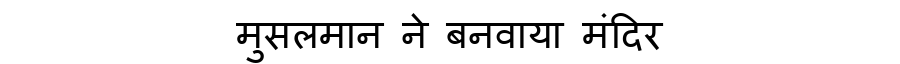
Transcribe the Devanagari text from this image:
मुसलमान ने बनवाया मंदिर